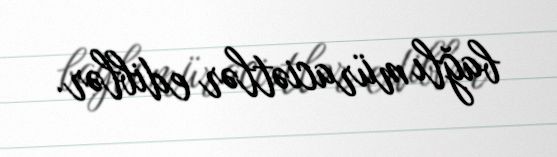
bağlı müraciətlər ediblər.